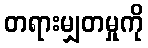
တရားမျှတမှုကို